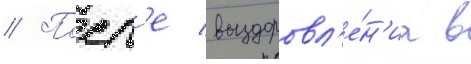
// Посл'е выздоровл'е́н'иа в